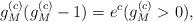
LaTeX: \begin{align*}g_M^{(c)}(g_M^{(c)}-1)=e^c (g_M^{(c)}>0) ,\end{align*}